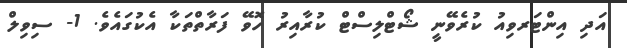
އަދި އިންޓަރވިއު ކުރެވޭނީ ޝޯޓްލިސްޓް ކުރާއިރު ހޮވޭ ފަރާތްތަކާ އެކުގައެވެ. 1- ސިވިލް